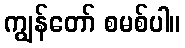
ကျွန်တော် စမစ်ပါ။